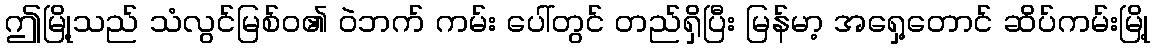
ဤမြို့သည် သံလွင်မြစ်ဝ၏ ဝဲဘက် ကမ်း ပေါ်တွင် တည်ရှိပြီး မြန်မာ့ အရှေ့တောင် ဆိပ်ကမ်းမြို့